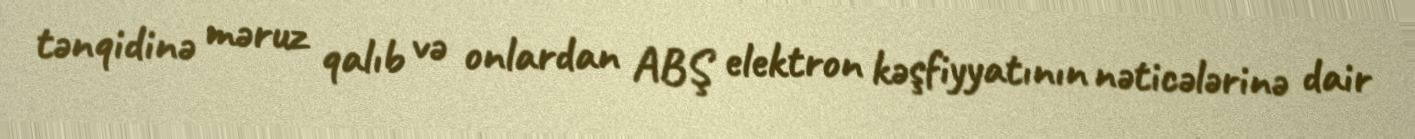
tənqidinə məruz qalıb və onlardan ABŞ elektron kəşfiyyatının nəticələrinə dair